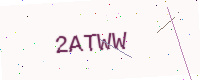
Text: 2ATWW